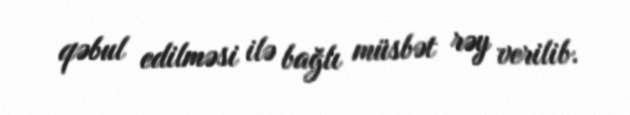
qəbul edilməsi ilə bağlı müsbət rəy verilib.